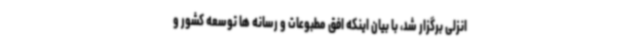
انزلی برگزار شد، با بیان اینکه افق مطبوعات و رسانه ها توسعه کشور و